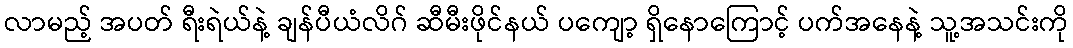
လာမည့် အပတ် ရီးရဲယ်နဲ့ ချန်ပီယံလိဂ် ဆီမီးဖိုင်နယ် ပကျော့ ရှိနောကြောင့် ပက်အနေနဲ့ သူ့အသင်းကို